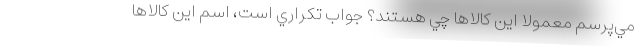
مي‌پرسم معمولا اين كالاها چي هستند؟ جواب تكراري است، اسم اين كالاها